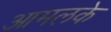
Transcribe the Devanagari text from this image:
आमलके